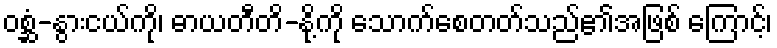
ဝစ္ဆံ-နွားငယ်ကို၊ ဓာယတီတိ-နို့ကို သောက်စေတတ်သည်၏အဖြစ် ကြောင့်၊